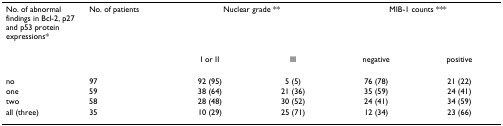
<table><thead><tr><td><b>No. of abnormal findings in Bcl-2, p27 and p53 protein expressions*</b></td><td><b>No. of patients</b></td><td colspan="2"><b>Nuclear grade **</b></td><td colspan="2"><b>MIB-1 counts ***</b></td></tr><tr><td></td><td></td><td><b>I or II</b></td><td><b>III</b></td><td><b>negative</b></td><td><b>positive</b></td></tr></thead><tbody><tr><td>no</td><td>97</td><td>92 (95)</td><td>5 (5)</td><td>76 (78)</td><td>21 (22)</td></tr><tr><td>one</td><td>59</td><td>38 (64)</td><td>21 (36)</td><td>35 (59)</td><td>24 (41)</td></tr><tr><td>two</td><td>58</td><td>28 (48)</td><td>30 (52)</td><td>24 (41)</td><td>34 (59)</td></tr><tr><td>all (three)</td><td>35</td><td>10 (29)</td><td>25 (71)</td><td>12 (34)</td><td>23 (66)</td></tr></tbody></table>